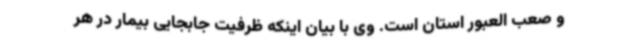
و صعب العبور استان است. وی با بیان اینکه ظرفیت جابجایی بیمار در هر